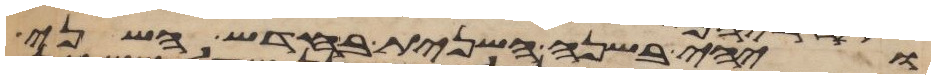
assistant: ויהי בשנה השנית בחדש השני